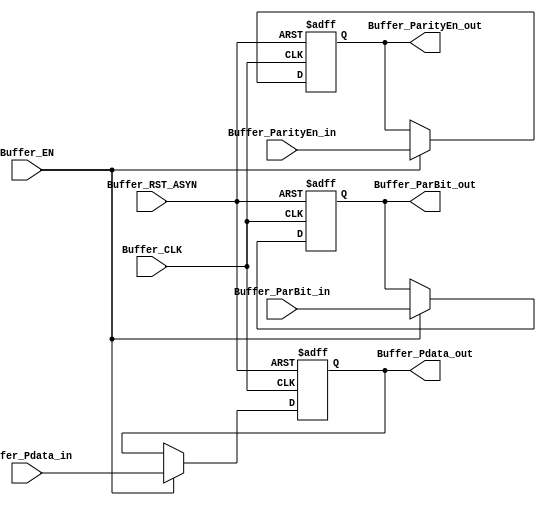
// DEPARTMENT: communication and electronics department
// AUTHOR EMAIL: mina.hannaone@gmail.com
//------------------------------------------------
// Release history
// VERSION DATE AUTHOR DESCRIPTION
// 1.0 8/7/2022 Mina Hanna final version
//------------------------------------------------
// KEYWORDS: input buffer, uart memory
//------------------------------------------------
// PURPOSE: this acts as buffer of uart because uart doesn' accept new data while transmitting\

/////////input and outputs ports declaration////////////
module InputBuffer #(parameter DataWIDTH=3) (
  input    wire    [2**(DataWIDTH)-1:0]    Buffer_Pdata_in,
  input    wire                            Buffer_ParityEn_in,
  input    wire                            Buffer_ParBit_in,
  input    wire                            Buffer_EN,
  input    wire                            Buffer_CLK,
  input    wire                            Buffer_RST_ASYN,
  output   reg     [2**(DataWIDTH)-1:0]    Buffer_Pdata_out,
  output   reg                             Buffer_ParityEn_out,
  output   reg                             Buffer_ParBit_out);
  
  
  /////////////buffer sequentional logic/////////////////
  always@(posedge Buffer_CLK or negedge Buffer_RST_ASYN)
  begin
    if(!Buffer_RST_ASYN)
      begin
       Buffer_Pdata_out <= 'b0;
       Buffer_ParityEn_out <= 1'b0;
       Buffer_ParBit_out <= 1'b0;
     end
   else if(Buffer_EN)
     begin
       Buffer_Pdata_out <= Buffer_Pdata_in;
       Buffer_ParityEn_out <= Buffer_ParityEn_in;
       Buffer_ParBit_out <= Buffer_ParBit_in;
     end
  end
  
endmodule